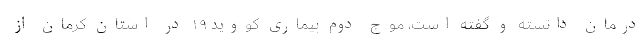
درمان دانسته و گفته است، موج دوم بیماری کووید ۱۹ در استان کرمان از